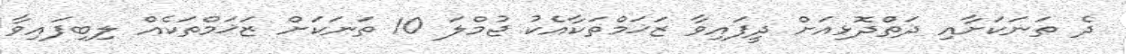
ދެ ތަނަކަށާއި ދަތްދޮޅިއަށް ދީފައިވާ ޒަޚަމްތަކާއެކު ޖުމްލަ 10 ތަނަކަށް ޒަޚަމްތަކެއް ލިބިފައިވާ